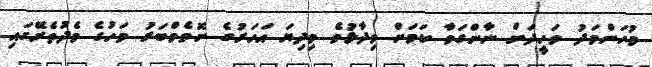
މުހަންމަދު ވަހީދަށް ނާންގަވާ ކަމަށް ވިދާޅުވެ މިދިޔަ އަހަރުގެ ނޮވެމްބަރު މަހުގެ މެދުތެރޭގައި